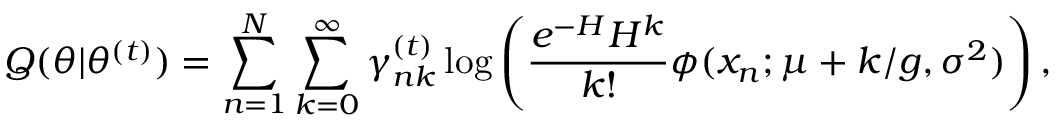
Q ( \theta | \theta ^ { ( t ) } ) = \sum _ { n = 1 } ^ { N } \sum _ { k = 0 } ^ { \infty } \gamma _ { n k } ^ { ( t ) } \log \left( \frac { e ^ { - H } H ^ { k } } { k ! } \phi ( x _ { n } ; \mu + k / g , \sigma ^ { 2 } ) \right) ,